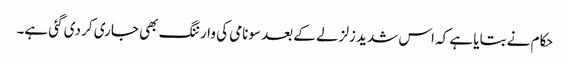
حکام نے بتایا ہے کہ اس شدید زلزلے کے بعد سونامی کی وارننگ بھی جاری کر دی گئی ہے۔